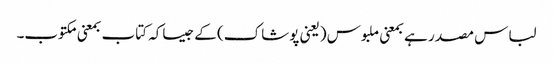
لباس مصدر ہے بمعنی ملبوس (یعنی پوشاک) کے جیساکہ کتاب بمعنی مکتوب۔